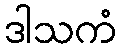
ဒါသကံ